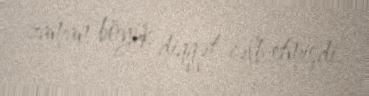
zaman böyük diqqət cəlb etmişdi.